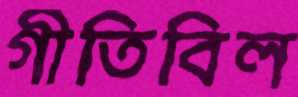
গীতিবিল